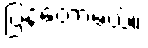
ပြန်တော့မယ်။